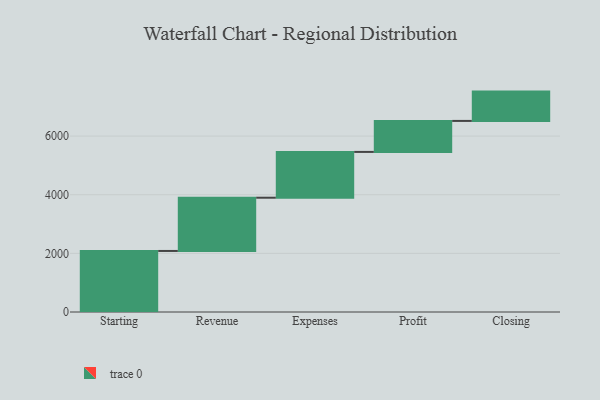
{"axis": {"x": "Step", "y": "Value"}, "legend": [""], "data": [{"x": "Starting", "y": 2082.0, "type": ""}, {"x": "Revenue", "y": 1816.0, "type": ""}, {"x": "Expenses", "y": 1562.0, "type": ""}, {"x": "Profit", "y": 1057.0, "type": ""}, {"x": "Closing", "y": 1000, "type": ""}]}